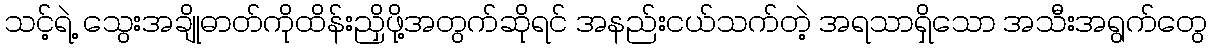
သင့်ရဲ့ သွေးအချိုဓာတ်ကိုထိန်းညှိဖို့အတွက်ဆိုရင် အနည်းငယ်သက်တဲ့ အရသာရှိသော အသီးအရွက်တွေ